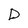
Character: D